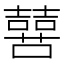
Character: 𫬔